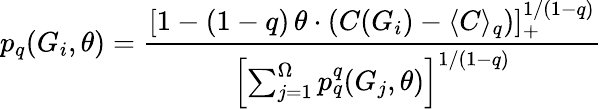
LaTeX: p_{q}(G_{i},\theta)=\frac{[1-(1-q)\, \theta\cdot(C(G_{i})-\langle C\rangle_{q})]_{+}^{{1}/{(1-q)}}}{\left[\sum_{j=1}^{\Omega}p_{q}^{q}(G_{j},\theta)\right]^{{1}/{(1-q)}}}